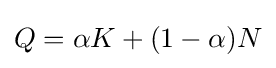
Q=\alpha K+(1-\alpha )N